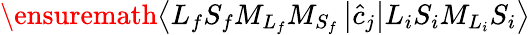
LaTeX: \ensuremath{\left\langle{L}_{f}{S}_{f}{M}_{{L}_{f}}{M}_{{S}_{f}}\left\lvert\hat{c}_{j}\right\rvert{L}_{i}{S}_{i}{M}_{{L}_{i}}{S}_{i}\right\rangle}